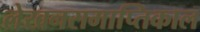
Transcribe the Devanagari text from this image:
लेखनसमाप्तिकाल